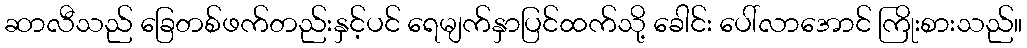
ဆာလီသည် ခြေတစ်ဖက်တည်းနှင့်ပင် ရေမျက်နှာပြင်ထက်သို့ ခေါင်း ပေါ်လာအောင် ကြိုးစားသည်။